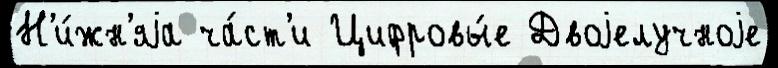
Н'и́жн'яjа ча́ст'и Цифровы́е Двоjелучноjе